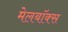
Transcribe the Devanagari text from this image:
मेलबाॅक्स